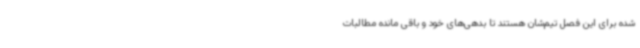
شده برای این فصل تیم‌شان هستند تا بدهی‌های خود و باقی مانده مطالبات